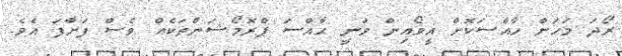
ރޯދަ މަހަށް ހާއްސަކޮށް އީވޯއިން ވަނީ ހާއްސަ ޕްރޮމޯޝަންތަކެއް ވެސް ފަށާފަ އެވެ.